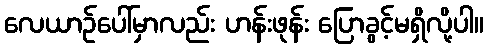
လေယာဉ်ပေါ်မှာလည်း ဟန်းဖုန်း ပြောခွင့်မရှိလို့ပါ။